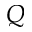
Q